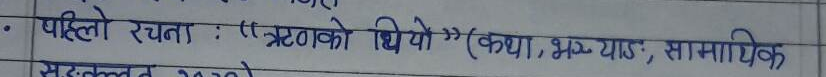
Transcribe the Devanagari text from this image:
पहिलो रचना : "ऋणको थियो" (कथा, भ्याड, सामाजिक)